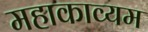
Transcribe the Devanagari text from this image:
महाकाव्यम